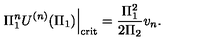
\left. \Pi _ { 1 } ^ { n } U ^ { ( n ) } ( \Pi _ { 1 } ) \right| _ { \mathrm { \scriptsize c r i t } } = \frac { \Pi _ { 1 } ^ { 2 } } { 2 \Pi _ { 2 } } v _ { n } .